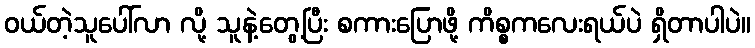
ဝယ်တဲ့သူပေါ်လာ လို့ သူနဲ့တွေ့ပြီး စကားပြောဖို့ ကိစ္စကလေးရယ်ပဲ ရှိတာပါပဲ။